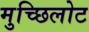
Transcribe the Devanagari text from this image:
मुच्छिलोट